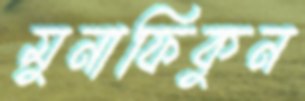
মুনাফিকুন